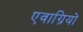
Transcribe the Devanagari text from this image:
एवाग्रियो